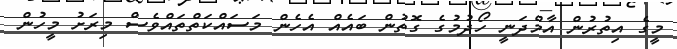
މީގެ އިތުރުން އާމްދަނީ ހޯދުމުގެ ގޮތުން ބައެއް އެހެން މަސައްކަތްތައްވެސް މިރަށު މީހުން